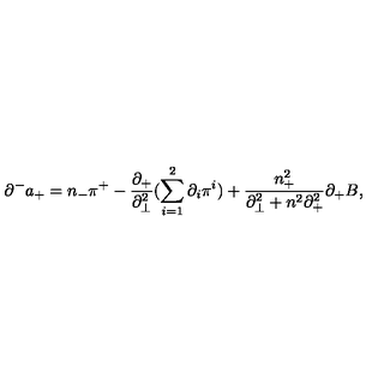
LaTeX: { \partial } ^ { - } a _ { + } = n _ { - } { \pi } ^ { + } - \frac { { \partial } _ { + } } { { \partial } _ { \bot } ^ { 2 } } ( \sum _ { i = 1 } ^ { 2 } { \partial } _ { i } { \pi } ^ { i } ) + \frac { n _ { + } ^ { 2 } } { { \partial } _ { \bot } ^ { 2 } + n ^ { 2 } { \partial } _ { + } ^ { 2 } } { \partial } _ { + } B ,